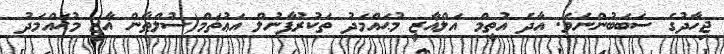
ޖިހާދުގެ ސަބަބުންނެވެ. އާދެ އުތީމް އަލްޣާޒީ މުޙައްމަދު ތަކުރުފާނުލް އަޢުޡަމް(ސުލްޠާން ޣާޒީ މުޙައްމަދު